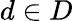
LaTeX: d\in D